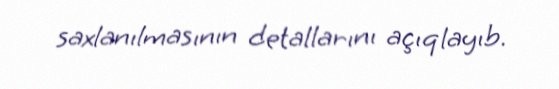
saxlanılmasının detallarını açıqlayıb.